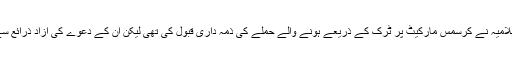
جنگجو تنظیم دولت اسلامیہ نے کرسمس مارکیٹ پر ٹرک کے ذریعے ہونے والے حملے کی ذمہ داری قبول کی تھی لیکن ان کے دعوے کی آزاد ذرائع سے تصدیق ممکن نہیں۔